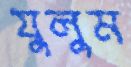
যুলুম